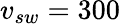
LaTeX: v_{sw}=300